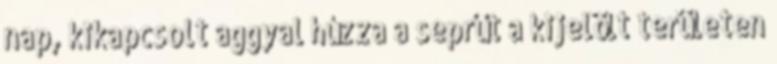
nap, kikapcsolt aggyal húzza a seprűt a kijelölt területen